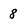
Character: 8